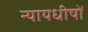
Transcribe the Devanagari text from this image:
न्यायधीषों